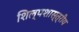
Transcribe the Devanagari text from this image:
शिल्पशास्त्रीय